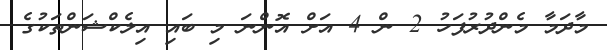
މާދަމާ މެންދުރުފަހު 2 ން 4 އަށް އޮންނަ މި ބައި އިލެކްޝަންތަކުގެ